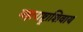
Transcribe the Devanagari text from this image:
महाराष्ट्राशिवाय